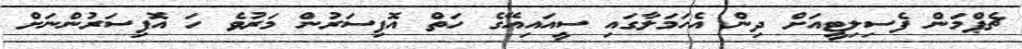
ޗެޕްމަން ފެސިލިޓީއަށް ދިން އެހަމަލާގައި ސީއައިއޭގެ ހަތް އޮފިސަރުން މަރުވެ ހަ އޮފިސަރުންނަށް